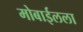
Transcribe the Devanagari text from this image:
मोबाईलला